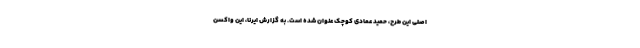
اصلی این طرح، حمید عمادی کوچک عنوان شده است. به گزارش ایرنا، این واکسن